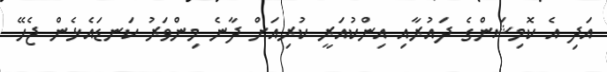
އަދި އެ ކޮމިޝަންގެ ދައުރާއި އިންކުއަރީ ކުރިއަށް ދާނެ މިންވަރު ކަނޑައެޅެން ޖެހޭ